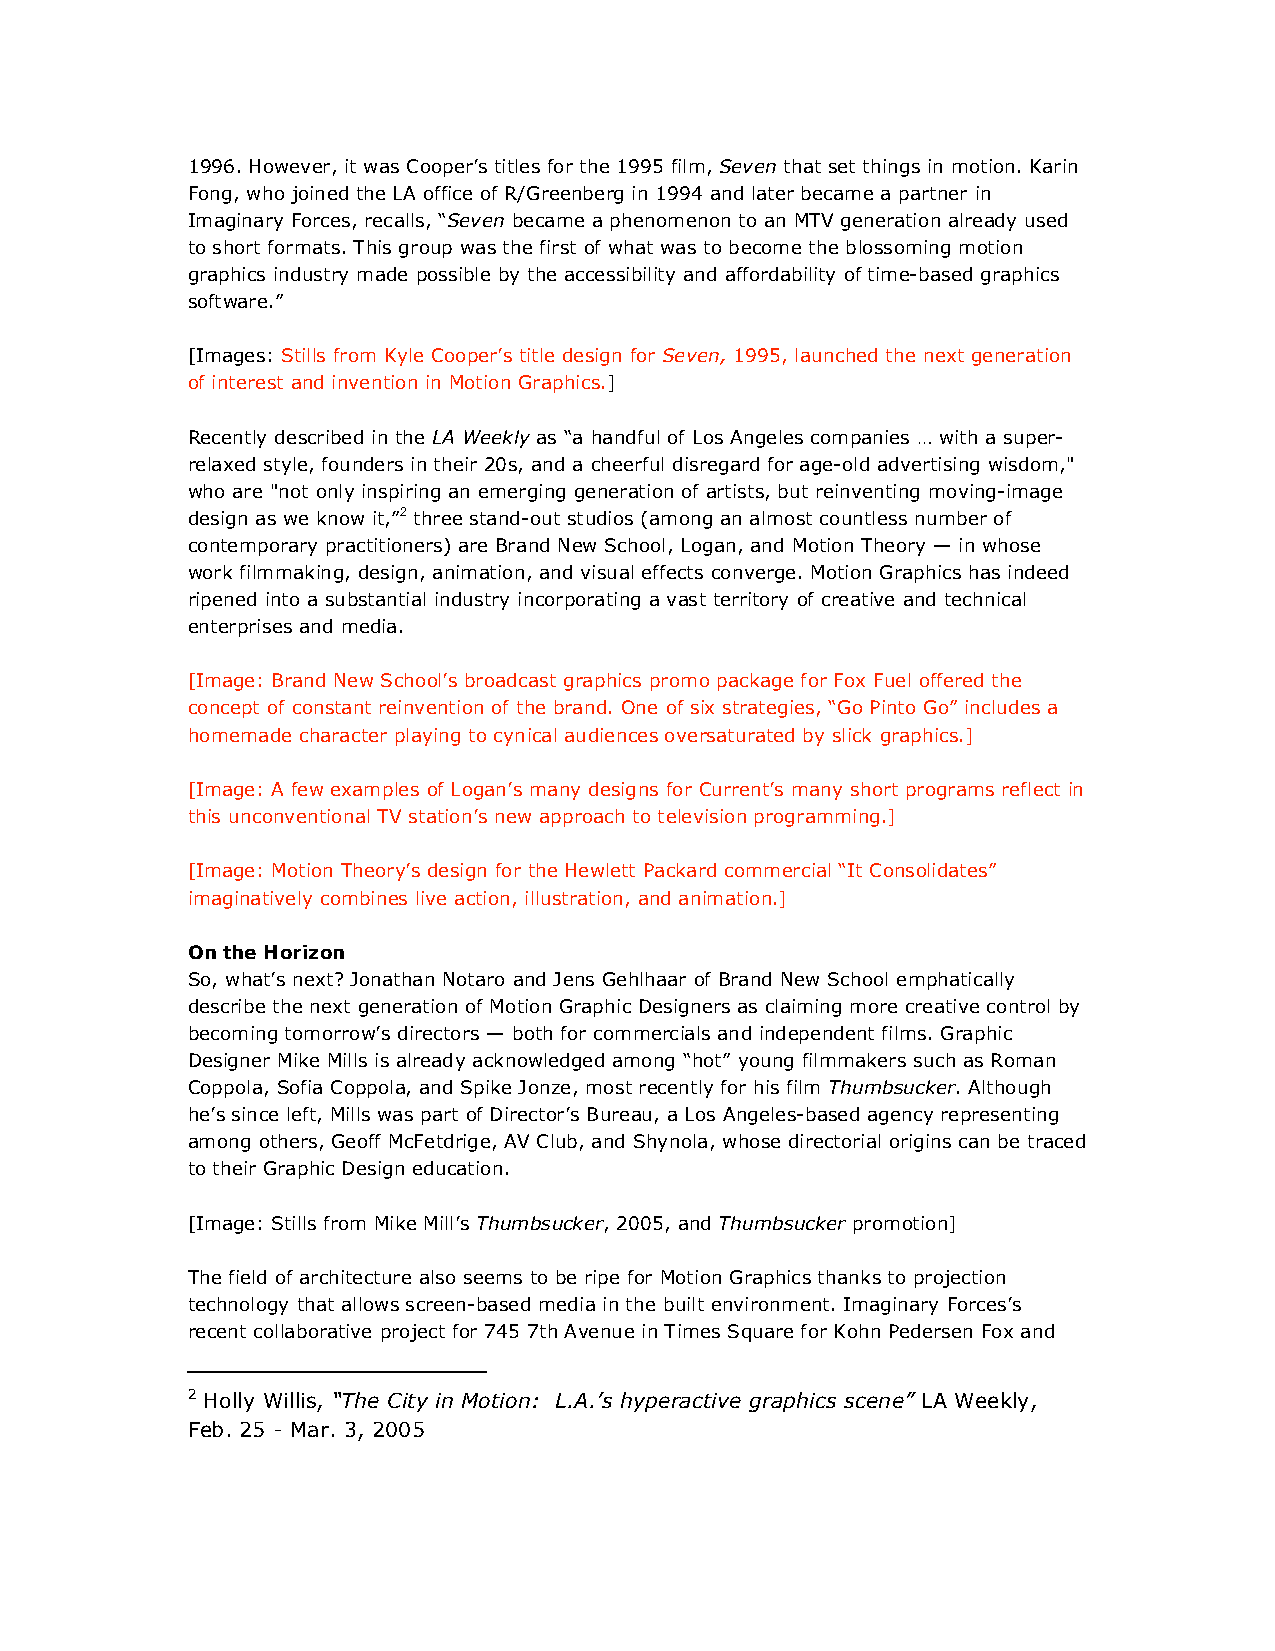
1996. However, it was Cooper’s titles for the 1995 film, Seven that set things in motion. Karin
 Fong, who joined the LA office of R/Greenberg in 1994 and later became a partner in
 Imaginary Forces, recalls, “Seven became a phenomenon to an MTV generation already used
 to short formats. This group was the first of what was to become the blossoming motion
 graphics industry made possible by the accessibility and affordability of time-based graphics
 software.”
 [Images: Stills from Kyle Cooper’s title design for Seven, 1995, launched the next generation
 of interest and invention in Motion Graphics.]
 Recently described in the LA Weekly as “a handful of Los Angeles companies … with a super-
 relaxed style, founders in their 20s, and a cheerful disregard for age-old advertising wisdom,"
 who are "not only inspiring an emerging generation of artists, but reinventing moving-image
 design as we know it,”2 three stand-out studios (among an almost countless number of
 contemporary practitioners) are Brand New School, Logan, and Motion Theory — in whose
 work filmmaking, design, animation, and visual effects converge. Motion Graphics has indeed
 ripened into a substantial industry incorporating a vast territory of creative and technical
 enterprises and media.
 [Image: Brand New School’s broadcast graphics promo package for Fox Fuel offered the
 concept of constant reinvention of the brand. One of six strategies, “Go Pinto Go” includes a
 homemade character playing to cynical audiences oversaturated by slick graphics.]
 [Image: A few examples of Logan’s many designs for Current’s many short programs reflect in
 this unconventional TV station’s new approach to television programming.]
 [Image: Motion Theory’s design for the Hewlett Packard commercial “It Consolidates”
 imaginatively combines live action, illustration, and animation.]
 On the Horizon
 So, what’s next? Jonathan Notaro and Jens Gehlhaar of Brand New School emphatically
 describe the next generation of Motion Graphic Designers as claiming more creative control by
 becoming tomorrow’s directors — both for commercials and independent films. Graphic
 Designer Mike Mills is already acknowledged among “hot” young filmmakers such as Roman
 Coppola, Sofia Coppola, and Spike Jonze, most recently for his film Thumbsucker. Although
 he’s since left, Mills was part of Director’s Bureau, a Los Angeles-based agency representing
 among others, Geoff McFetdrige, AV Club, and Shynola, whose directorial origins can be traced
 to their Graphic Design education.
 [Image: Stills from Mike Mill’s Thumbsucker, 2005, and Thumbsucker promotion]
 The field of architecture also seems to be ripe for Motion Graphics thanks to projection
 technology that allows screen-based media in the built environment. Imaginary Forces’s
 recent collaborative project for 745 7th Avenue in Times Square for Kohn Pedersen Fox and
 2 Holly Willis, “The City in Motion: L.A.’s hyperactive graphics scene” LA Weekly,
 Feb. 25 - Mar. 3, 2005